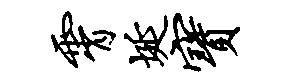
霄埏宝